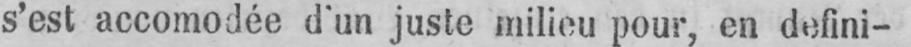
s’est accomodée d’un juste milieu pour, en defini-